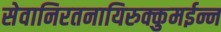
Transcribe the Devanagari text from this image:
सेवानिरतनायिरुक्कुमईन्न